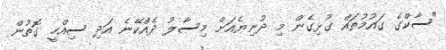
"ސާކްގެ ގައުމުތައް ގުޅިގެން މި ދުނިޔެއަށް މިސާލު ދެއްކޭނެ އަދި ސިއްހީ ގޮތުން